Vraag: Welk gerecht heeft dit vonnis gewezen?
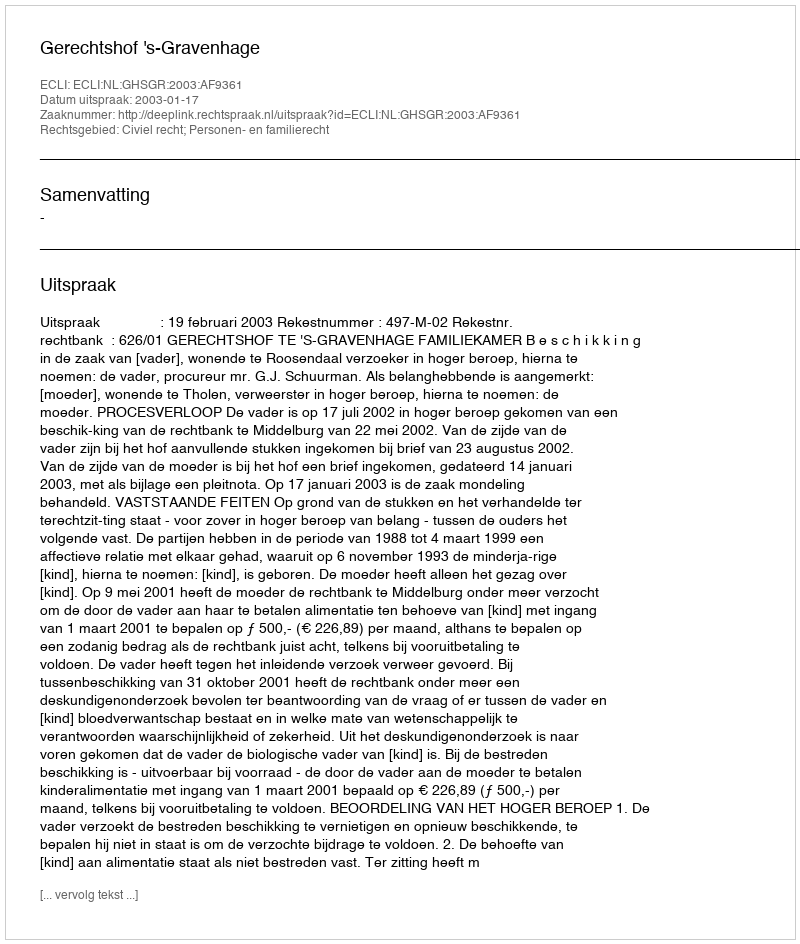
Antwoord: Gerechtshof 's-Gravenhage